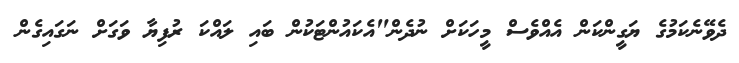
ދެވޭނެކަމުގެ ޔަގީންކަން އެއްވެސް މީހަކަށް ނުދެން"އެކައުންޓަކުން ބައި ލައްކަ ރުފިޔާ ވަގަށް ނަގައިގެން